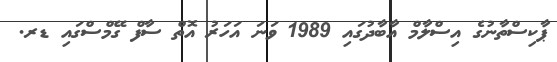
ޕާކިސްތާނުގެ އިސްލާމް އާބާދުގައި 1989 ވަނަ އަހަރު އޮތް ސާފް ގޭމްސްގައި ޑރ.